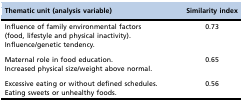
| Thematic unit (analysis variable) | Similarity index |
 | --- | --- |
 | Influence of family environmental factors (food, lifestyle and physical inactivity). | <ROWSPAN=2> 0.73 |
 | Influence/genetic tendency. |
 | Maternal role in food education. | <ROWSPAN=2> 0.65 |
 | Increased physical size/weight above normal. |
 | Excessive eating or without defined schedules. | <ROWSPAN=2> 0.56 |
 | Eating sweets or unhealthy foods. |